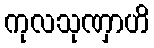
ကုလသုဏှာဟိ